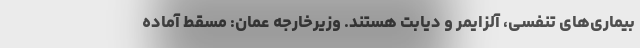
بیماری‌های تنفسی، آلزایمر و دیابت هستند. وزیرخارجه عمان: مسقط آماده